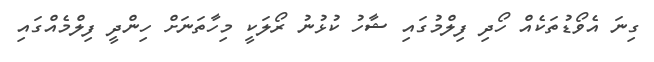
ގިނަ އެވޯޑުތަކެއް ހޯދި ފިލްމުގައި ޝާހު ކުޅުނު ރޯލަކީ މިހާތަނަށް ހިންދީ ފިލްމެއްގައި